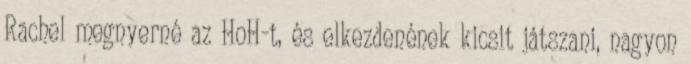
Rachel megnyerné az HoH-t, és elkezdenének kicsit játszani, nagyon